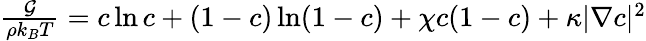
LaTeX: \begin{array}{r}{\frac{\mathcal{G}}{\rho k_{B}T}=c\ln c+(1-c)\ln(1-c)+\chi c(1-c)+\kappa|\nabla c|^{2}}\end{array}